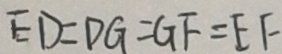
E D = D G = G F = E F